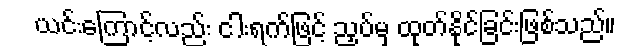
ယင်းကြောင့်လည်း ငါးရက်ဖြင့် ညှပ်မှ ထုတ်နိုင်ခြင်းဖြစ်သည်။